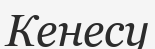
Кенесу